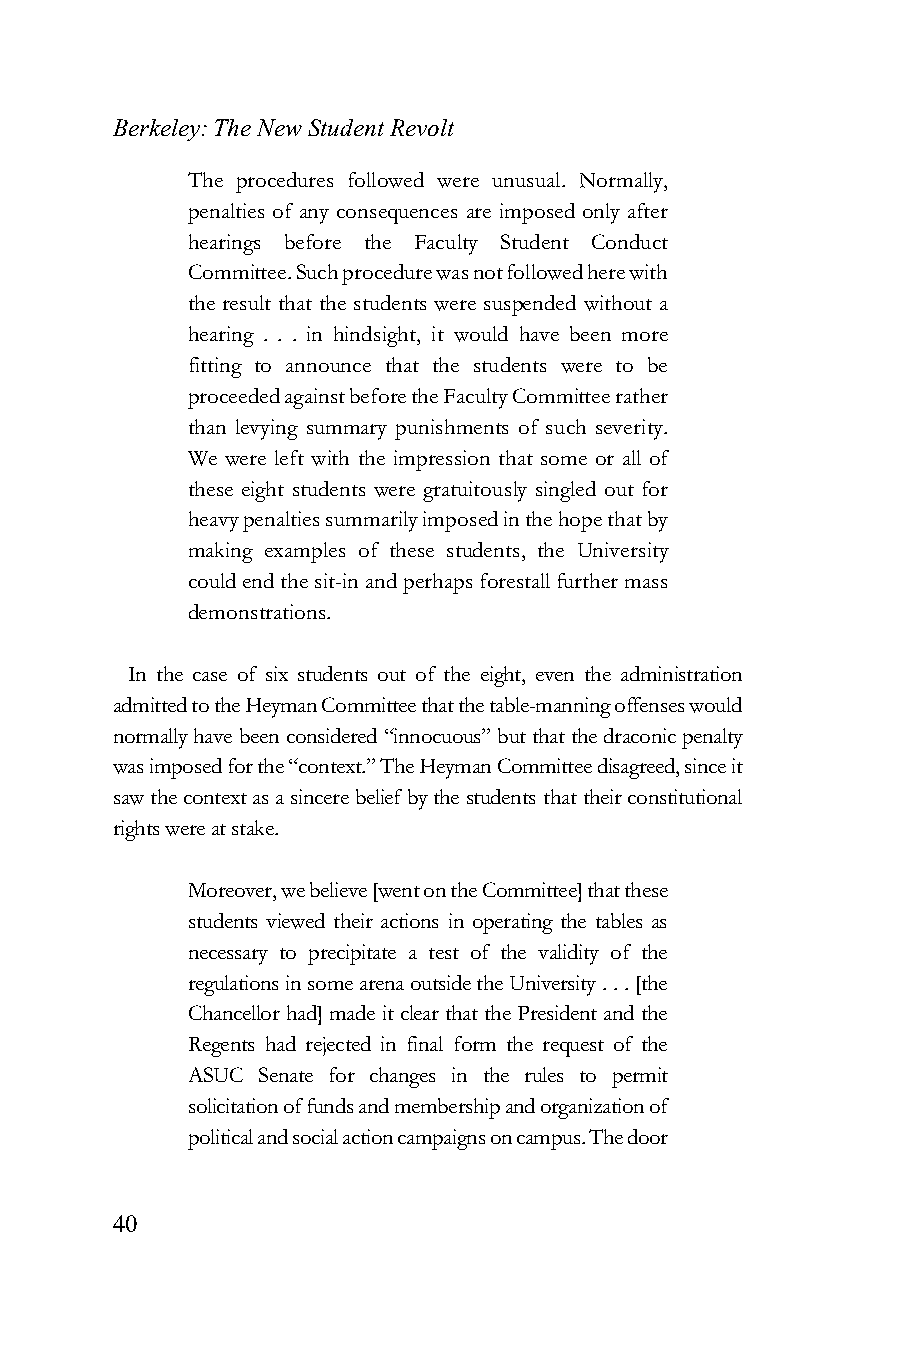
Berkeley: The New Student Revolt
 The procedures followed were unusual. Normally,
 penalties of any consequences are imposed only after
 hearings before the Faculty Student Conduct
 Committee. Such procedure was not followed here with
 the result that the students were suspended without a
 hearing . . . in hindsight, it would have been more
 fitting to announce that the students were to be
 proceeded against before the Faculty Committee rather
 than levying summary punishments of such severity.
 We were left with the impression that some or all of
 these eight students were gratuitously singled out for
 heavy penalties summarily imposed in the hope that by
 making examples of these students, the University
 could end the sit-in and perhaps forestall further mass
 demonstrations.
 In the case of six students out of the eight, even the administration
 admitted to the Heyman Committee that the table-manning offenses would
 normally have been considered “innocuous” but that the draconic penalty
 was imposed for the “context.” The Heyman Committee disagreed, since it
 saw the context as a sincere belief by the students that their constitutional
 rights were at stake.
 Moreover, we believe [went on the Committee] that these
 students viewed their actions in operating the tables as
 necessary to precipitate a test of the validity of the
 regulations in some arena outside the University . . . [the
 Chancellor had] made it clear that the President and the
 Regents had rejected in final form the request of the
 ASUC Senate for changes in the rules to permit
 solicitation of funds and membership and organization of
 political and social action campaigns on campus. The door
 40